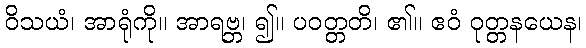
ဝိသယံ၊ အာရုံကို။ အာရဗ္ဘ၊ ၍။ ပဝတ္တတိ၊ ၏။ ဧဝံ ဝုတ္တနယေန၊